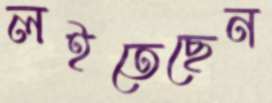
লইতেছেন